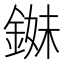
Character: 𨨓